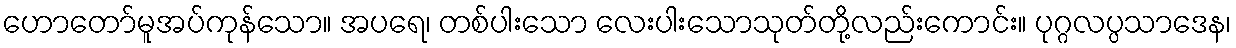
ဟောတော်မူအပ်ကုန်သော။ အပရေ၊ တစ်ပါးသော လေးပါးသောသုတ်တို့လည်းကောင်း။ ပုဂ္ဂလပ္ပသာဒေန၊